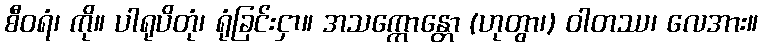
စီဝရံ၊ ကို။ ပါရုပိတုံ၊ ရုံခြင်းငှာ။ အသက္ကောန္တော (ဟုတွာ၊) ဝါတဿ၊ လေအား။